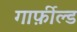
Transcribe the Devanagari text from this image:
गार्फ़ील्ड